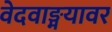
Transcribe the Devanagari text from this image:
वेदवाङ्मयावर